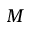
{ \cal M }